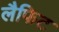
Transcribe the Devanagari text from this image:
लैफिट